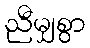
ညီမျှစွာ